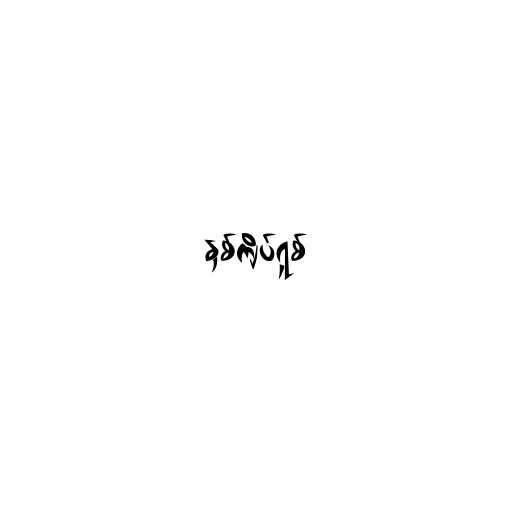
နှစ်ကျိပ်ရှစ်